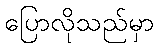
ပြောလိုသည်မှာ